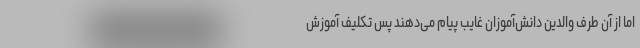
اما از آن طرف والدین دانش‌آموزان غایب پیام می‌دهند پس تکلیف آموزش